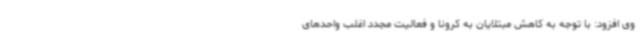
وی افزود: با توجه به کاهش مبتلایان به کرونا و فعالیت مجدد اغلب واحدهای